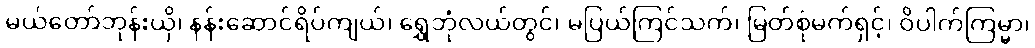
မယ်တော်ဘုန်းယှိ၊ နန်းဆောင်ရိပ်ကျယ်၊ ရွှေဘုံလယ်တွင်၊ မပြယ်ကြင်သက်၊ မြတ်စုံမက်ရှင့်၊ ဝိပါက်ကြမ္မာ၊